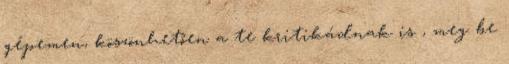
gépemen, köszönhetően a te kritikádnak is , meg be